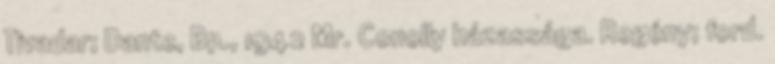
Tivadar; Dante, Bp., 1942 Mr. Conolly házassága. Regény; ford.